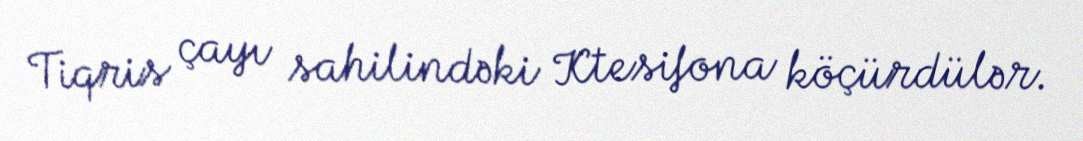
Tiqris çayı sahilindəki Ktesifona köçürdülər.